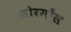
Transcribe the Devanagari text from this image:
मोरमोंस